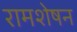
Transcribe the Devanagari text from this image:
रामशेषन